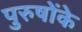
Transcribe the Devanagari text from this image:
पुरुषोंके